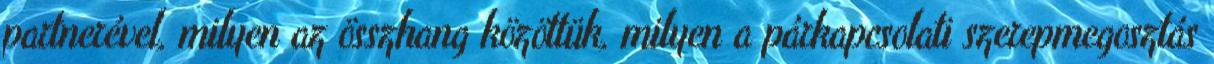
partnerével, milyen az összhang közöttük, milyen a párkapcsolati szerepmegosztás